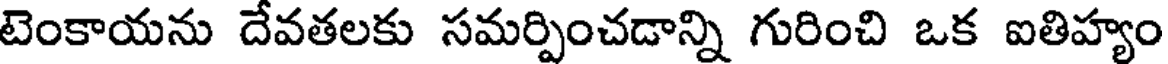
టెంకాయను దేవతలకు సమర్పించడాన్ని గురించి ఒక ఐతిహ్యం